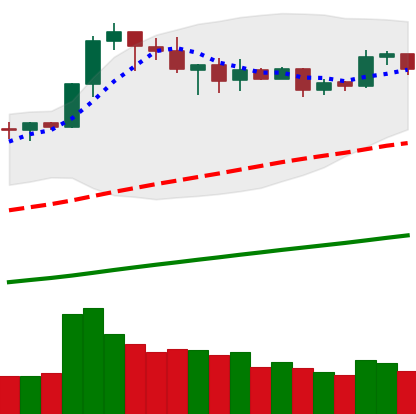
Ticker: BNB-USD
Chart end date: 2019-05-04
Forward return: -17.726%
Label: down_7plus